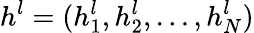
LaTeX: h^{l}=(h_{1}^{l},h_{2}^{l},\dots,h_{N}^{l})